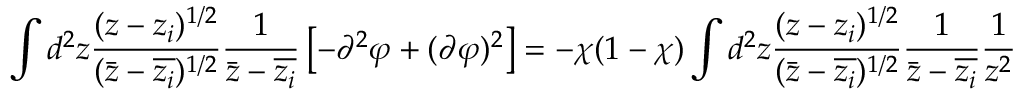
\int d ^ { 2 } z \frac { ( z - z _ { i } ) ^ { 1 / 2 } } { ( \bar { z } - \overline { { z _ { i } } } ) ^ { 1 / 2 } } \frac { 1 } { \bar { z } - \overline { { z _ { i } } } } \left[ - \partial ^ { 2 } \varphi + ( \partial \varphi ) ^ { 2 } \right] = - \chi ( 1 - \chi ) \int d ^ { 2 } z \frac { ( z - z _ { i } ) ^ { 1 / 2 } } { ( \bar { z } - \overline { { z _ { i } } } ) ^ { 1 / 2 } } \frac { 1 } { \bar { z } - \overline { { z _ { i } } } } \frac { 1 } { z ^ { 2 } }